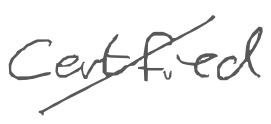
Text: Certified
Cross-out: diagonal
Writing tool: digital_gray